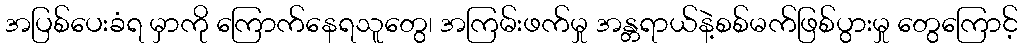
အပြစ်ပေးခံရ မှာကို ကြောက်နေရသူတွေ၊ အကြမ်းဖက်မှု အန္တရာယ်နဲ့စစ်မက်ဖြစ်ပွားမှု တွေကြောင့်